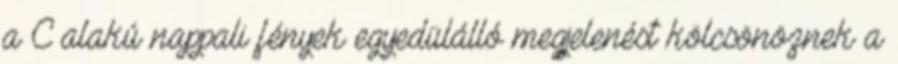
a C alakú nappali fények egyedülálló megjelenést kölcsönöznek a